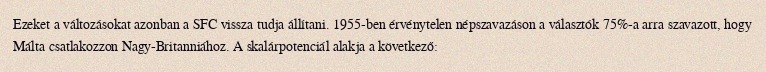
Ezeket a változásokat azonban a SFC vissza tudja állítani. 1955-ben érvénytelen népszavazáson a választók 75%-a arra szavazott, hogy Málta csatlakozzon Nagy-Britanniához. A skalárpotenciál alakja a következő: